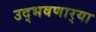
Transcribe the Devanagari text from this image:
उद्‌भवणार्‍या